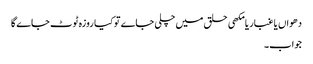
دھواں یا غبار یا مکھی حلق میں چلی جاے تو کیا روزہ ٹوٹ جاے گا
جواب۔